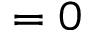
= 0